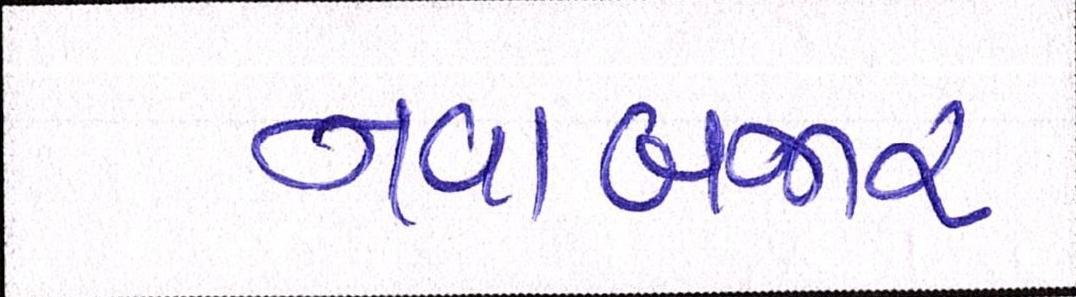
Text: નવાબજાર